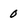
Character: 0